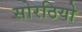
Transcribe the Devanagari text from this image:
सोरठियो